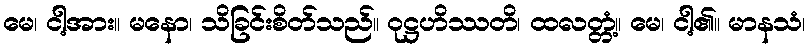
မေ၊ ငါ့အား။ မနော၊ သိခြင်းစိတ်သည်။ ဝုဋ္ဌဟိဿတိ၊ ထလတ္တံ့။ မေ၊ ငါ့၏။ မာနသံ၊